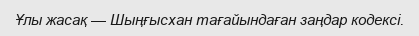
Ұлы жасақ — Шыңғысхан тағайындаған заңдар кодексі.